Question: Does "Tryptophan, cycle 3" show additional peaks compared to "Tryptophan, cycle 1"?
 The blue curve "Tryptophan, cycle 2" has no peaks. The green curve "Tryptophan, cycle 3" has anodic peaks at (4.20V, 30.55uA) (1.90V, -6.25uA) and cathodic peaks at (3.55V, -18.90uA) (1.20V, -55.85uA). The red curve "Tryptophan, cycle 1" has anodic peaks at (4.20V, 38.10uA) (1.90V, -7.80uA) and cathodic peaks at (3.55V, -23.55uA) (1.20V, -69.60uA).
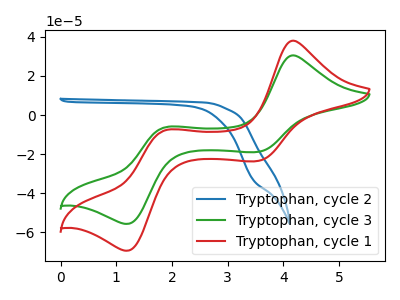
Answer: <think>All the peaks in "Tryptophan, cycle 3" have a peak in "Tryptophan, cycle 1" at the same potential.
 </think>
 <answer>No, "Tryptophan, cycle 3" and "Tryptophan, cycle 1" don't appear to be significantly different in shape</answer>
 <eval>no_change</eval>